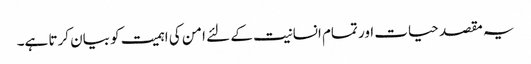
یہ مقصد حیات اور تمام انسانیت کے لئے امن کی اہمیت کو بیان کرتا ہے۔